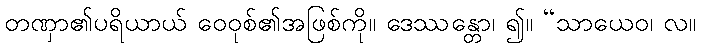
တဏှာ၏ပရိယာယ် ဝေဝုစ်၏အဖြစ်ကို။ ဒေဿန္တော၊ ၍။ “သာယေဝ၊ လ။